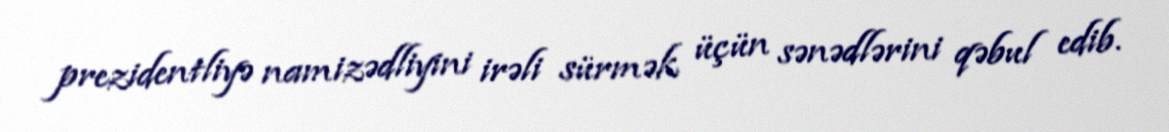
prezidentliyə namizədliyini irəli sürmək üçün sənədlərini qəbul edib.